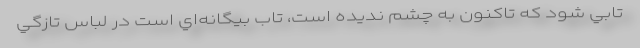
تابي شود كه تاكنون به چشم نديده است، تاب بيگانه‌اي است در لباس تازگي